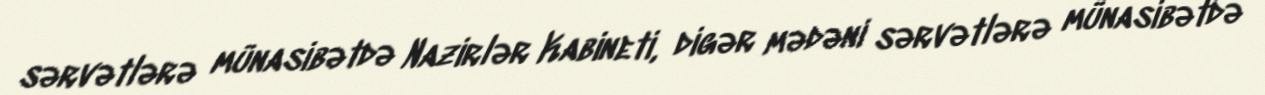
sərvətlərə münasibətdə Nazirlər Kabineti, digər mədəni sərvətlərə münasibətdə